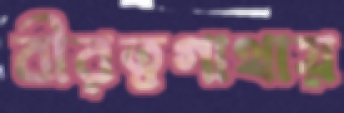
বীরত্বগাথায়